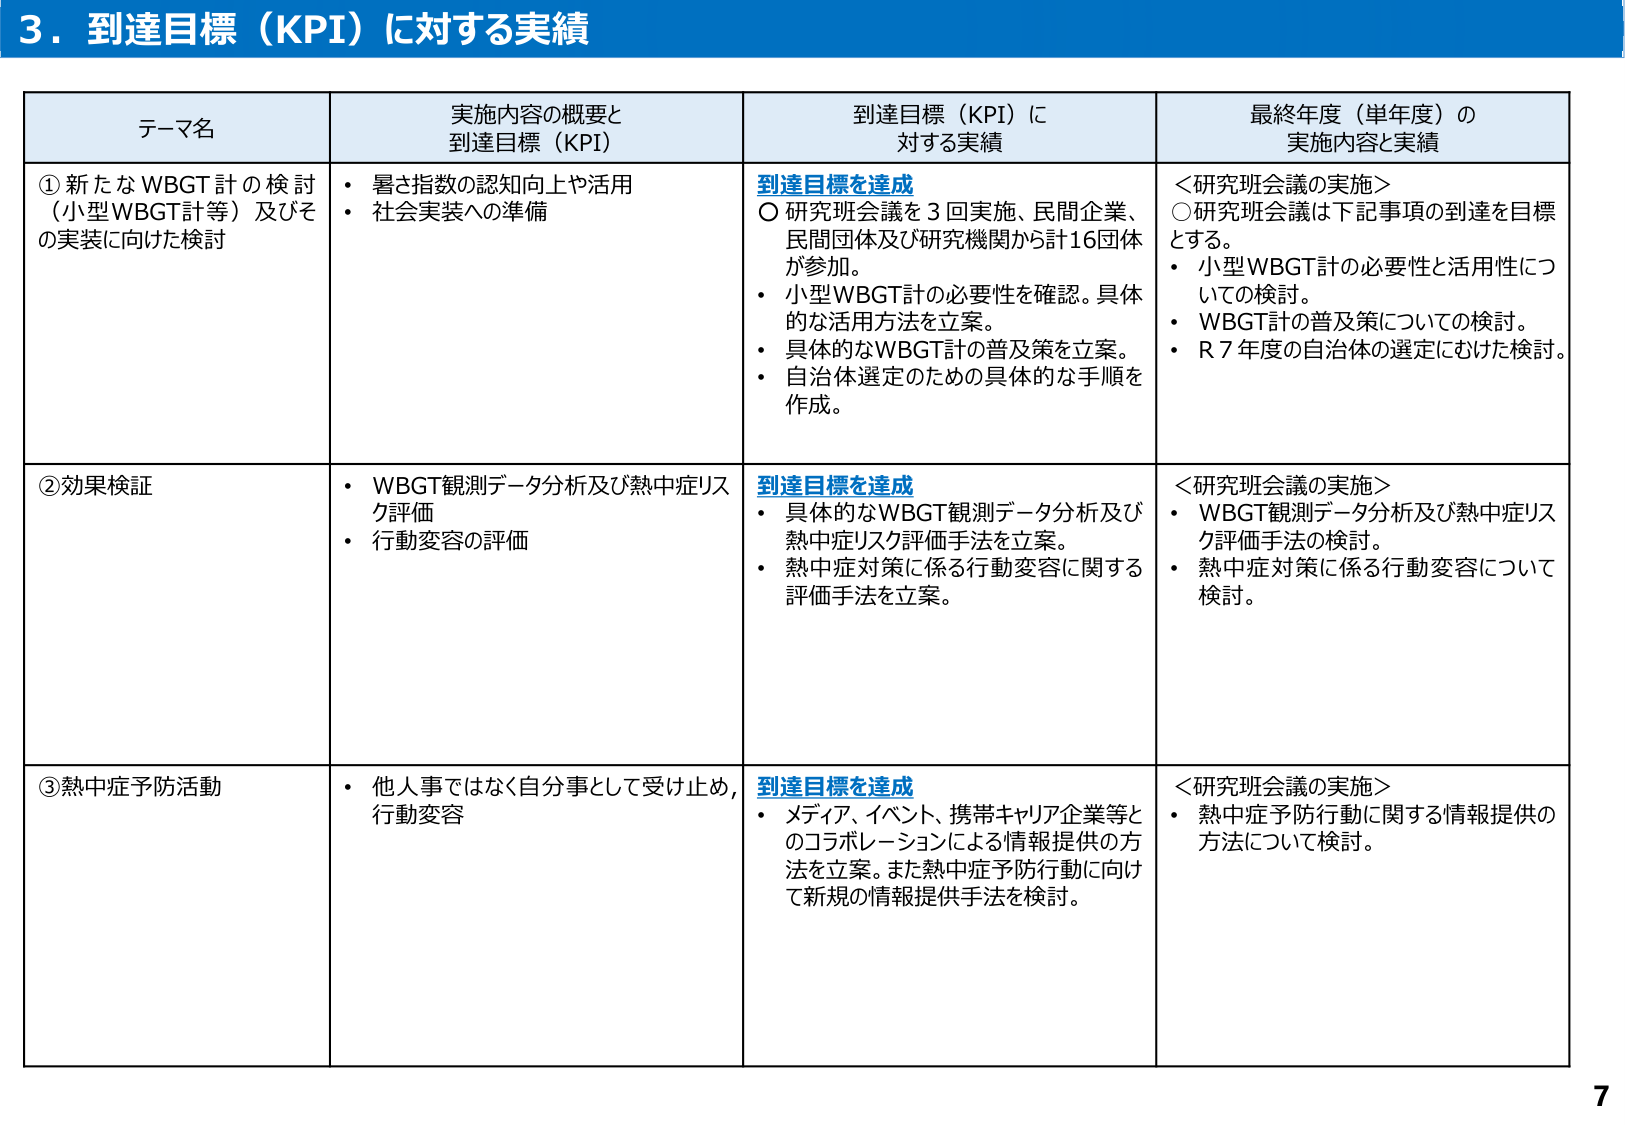
3．到達目標（KPI）に対する実績

テーマ名 実施内容の概要と 到達目標（KPI）に 対する実績 最終年度（単年度）の 実施内容と実績
①新たなWBGT計の検討 （小型WBGT計等）及びその実装に向けた検討
・暑さ指数の認知向上や活用
・社会実装への準備
到達目標を達成
〇研究班会議を3回実施、民間企業、民間団体及び研究機関から計16団体が参加。
・小型WBGT計の必要性を確認。具体的な活用方法を立案。
・具体的なWBGT計の普及策を立案。
・自治体選定のための具体的な手順を作成。
＜研究班会議の実施＞
〇研究班会議は下記事項の到達を目標とする。
・小型WBGT計の必要性と活用性についての検討。
・WBGT計の普及策についての検討。
・R7年度の自治体の選定にむけた検討。
②効果検証
・WBGT観測データ分析及び熱中症リスク評価
・行動変容の評価
到達目標を達成
・具体的なWBGT観測データ分析及び熱中症リスク評価手法を立案。
・熱中症対策に係る行動変容に関する評価手法を立案。
＜研究班会議の実施＞
・WBGT観測データ分析及び熱中症リスク評価手法の検討。
・熱中症対策に係る行動変容について検討。
③熱中症予防活動
・他人事ではなく自分事として受け止め、行動変容
到達目標を達成
・メディア、イベント、携帯キャリア企業等とのコラボレーションによる情報提供の方法を立案。また熱中症予防行動に向けて新規の情報提供手法を検討。
＜研究班会議の実施＞
・熱中症予防行動に関する情報提供の方法について検討。

7